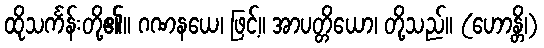
ထိုသင်္ကန်းတို့၏။ ဂဏနယေ၊ ဖြင့်။ အာပတ္တိယော၊ တို့သည်။ (ဟောန္တိ၊)